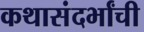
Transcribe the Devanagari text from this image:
कथासंदर्भांची